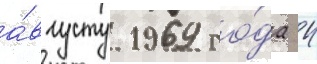
а́вгусту 1969 го́да 4